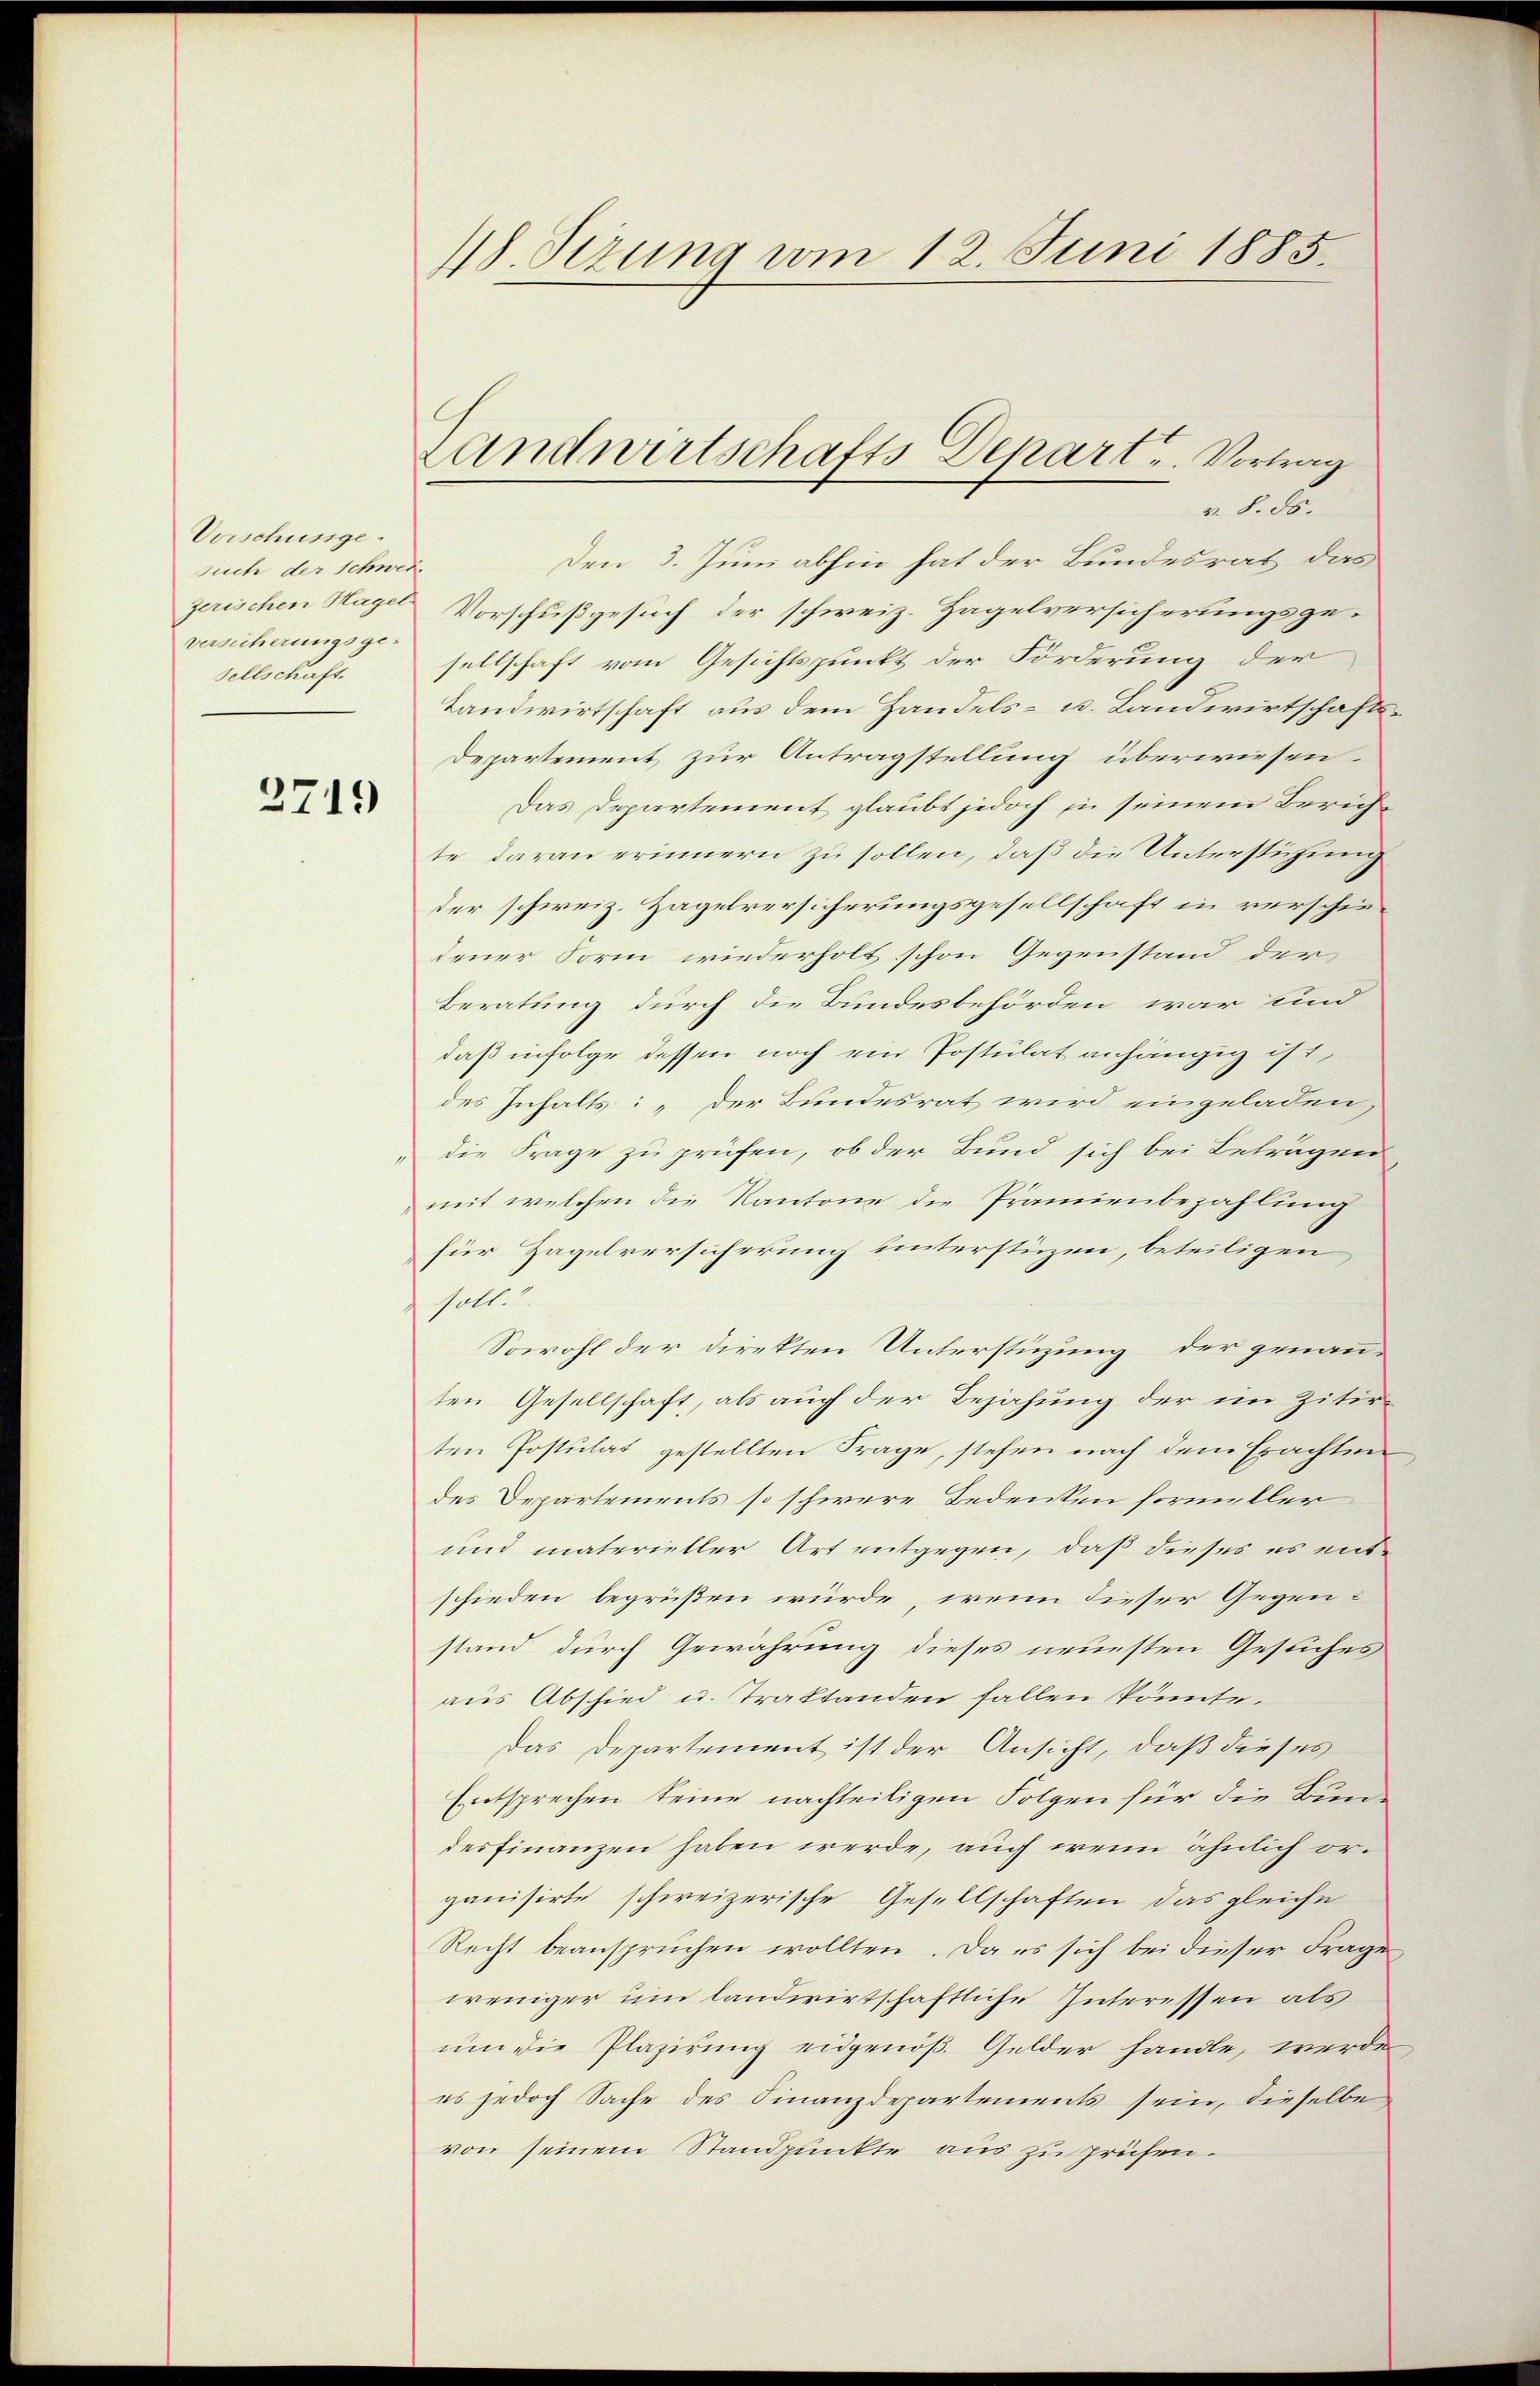
Vorschunge
such der Schweizerischen Hagel-
versicherungsgesellschaft.

2749

. Sizung vom 12. Juni 1885.

Landwirtschafts Depart. Vortrag

v. §. 56.
Den 3. Juni abhin hat der Bundesrat das
Vorschußgesuch der schweiz. Zagelversicherungsgesellschaft vom Gesichtspunkt der Forderung der
Landwirtschaft aus dem Handels- u. Landwirtschafts¬
Departement zur Antragstellung überwiesen.
Das Departement glaubt jedoch in seinem Berufte daran erinnern zu sollen, daß die Unterstützung
der schweiz. Hagelversicherungsgesellschaft in verschiedener Form wiederholt schon Gegenstand der
Beratung durch die Bundesbehörden war und
daß infolge dessen noch ein Postulat anhängig ist,
des Inhalts: „Der Bundesrat wird eingeladen
die Frage zu prüfen, ob der Bund sich bei Beträgen
mit welchen die Kantone die Prämienbezahlung
für Zagelversicherung unterstüzen, beteiligen
soll.
Sowohl der direkten Unterstüzung der genanten Gesellschaft, als auch der Bejahung der im Zitirten Postulat gestellten Frage, stehen nach dem Erachten
des Departements so schwere Bedenken formeller
und materieller Art entgegen, daß dieses es ent-
schieden begrüßen würde, wenn dieser Gegenstand durch Gewährung dieses neuesten Gesliches
aus Abschied u. Traktanden fallen könnte.
Das Departement ist der Ansicht, daß dieses
Entsprechen seine nachteiligen Folgen für die Bundes finanzen haben werde, auch wenn ähnlich organisirte schweizerische Gesellschaften das gleiche
Recht beanspruchen wollten. Da es sich bei dieser Frage
weniger um landwirtschaftliche Interessen als
um die Plazirung eidgenöß Gelder handle, werde
es jedoch Sache des Finanzdepartements sein, dieselbe
von seinem Standpunkte aus zu prüfen.